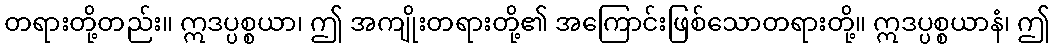
တရားတို့တည်း။ ဣဒပ္ပစ္စယာ၊ ဤ အကျိုးတရားတို့၏ အကြောင်းဖြစ်သောတရားတို့။ ဣဒပ္ပစ္စယာနံ၊ ဤ